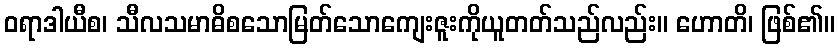
ဝရာဒါယီစ၊ သီလသမာဓိစသောမြတ်သောကျေးဇူးကိုယူတတ်သည်လည်း။ ဟောတိ၊ ဖြစ်၏။